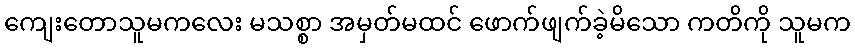
ကျေးတောသူမကလေး မသစ္စာ အမှတ်မထင် ဖောက်ဖျက်ခဲ့မိသော ကတိကို သူမက